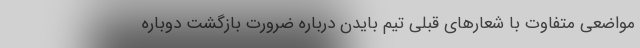
مواضعی متفاوت با شعارهای قبلی تیم بایدن درباره ضرورت بازگشت دوباره